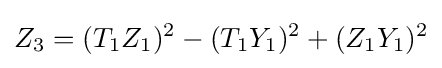
Z_{3}=(T_{1}Z_{1})^{2}-(T_{1}Y_{1})^{2}+(Z_{1}Y_{1})^{2}